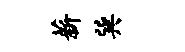
薪巽